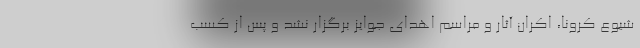
شیوع کرونا، اکران آثار و مراسم اهدای جوایز برگزار نشد و پس از کسب